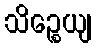
သိဉ္စေယျ